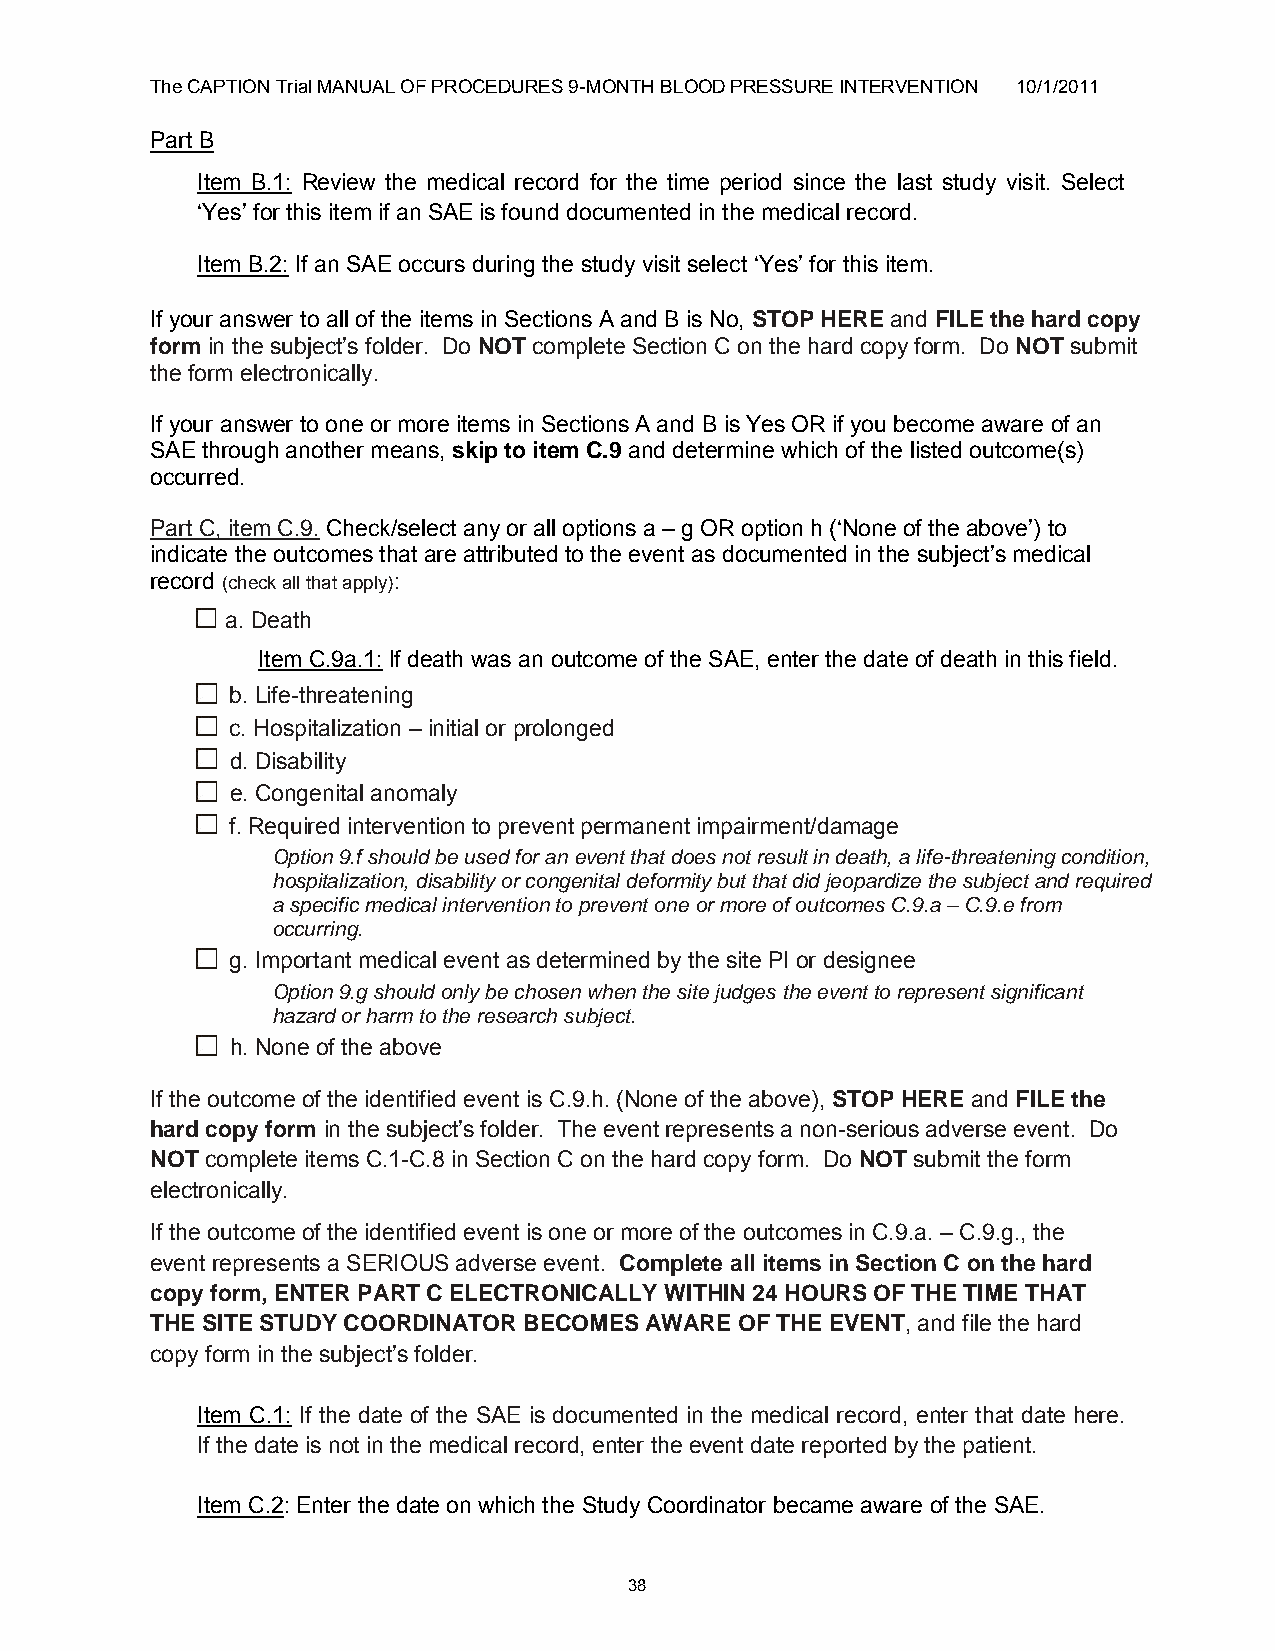
The CAPTION Trial MANUAL OF PROCEDURES 9-MONTH BLOOD PRESSURE INTERVENTION 10/1/2011
 Part B
 Item B.1: Review the medical record for the time period since the last study visit. Select
 „Yes‟ for this item if an SAE is found documented in the medical record.
 Item B.2: If an SAE occurs during the study visit select „Yes‟ for this item.
 If your answer to all of the items in Sections A and B is No, STOP HERE and FILE the hard copy
 form in the subject‟s folder. Do NOT complete Section C on the hard copy form. Do NOT submit
 the form electronically.
 If your answer to one or more items in Sections A and B is Yes OR if you become aware of an
 SAE through another means, skip to item C.9 and determine which of the listed outcome(s)
 occurred.
 Part C, item C.9. Check/select any or all options a – g OR option h („None of the above‟) to
 indicate the outcomes that are attributed to the event as documented in the subject‟s medical
 record (check all that apply):
 a. Death
 Item C.9a.1: If death was an outcome of the SAE, enter the date of death in this field.
 b. Life-threatening
 c. Hospitalization – initial or prolonged
 d. Disability
 e. Congenital anomaly
 f. Required intervention to prevent permanent impairment/damage
 Option 9.f should be used for an event that does not result in death, a life-threatening condition,
 hospitalization, disability or congenital deformity but that did jeopardize the subject and required
 a specific medical intervention to prevent one or more of outcomes C.9.a – C.9.e from
 occurring.
 g. Important medical event as determined by the site PI or designee
 Option 9.g should only be chosen when the site judges the event to represent significant
 hazard or harm to the research subject.
 h. None of the above
 If the outcome of the identified event is C.9.h. (None of the above), STOP HERE and FILE the
 hard copy form in the subject‟s folder. The event represents a non-serious adverse event. Do
 NOT complete items C.1-C.8 in Section C on the hard copy form. Do NOT submit the form
 electronically.
 If the outcome of the identified event is one or more of the outcomes in C.9.a. – C.9.g., the
 event represents a SERIOUS adverse event. Complete all items in Section C on the hard
 copy form, ENTER PART C ELECTRONICALLY WITHIN 24 HOURS OF THE TIME THAT
 THE SITE STUDY COORDINATOR BECOMES AWARE OF THE EVENT, and file the hard
 copy form in the subject‟s folder.
 Item C.1: If the date of the SAE is documented in the medical record, enter that date here.
 If the date is not in the medical record, enter the event date reported by the patient.
 Item C.2: Enter the date on which the Study Coordinator became aware of the SAE.
 38